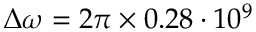
\Delta \omega = 2 \pi \times 0 . 2 8 \cdot 1 0 ^ { 9 }